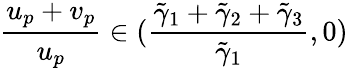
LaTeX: \frac{u_{p}+v_{p}}{u_{p}}\in(\frac{\tilde{\gamma}_{1}+\tilde{\gamma}_{2}+\tilde{\gamma}_{3}}{\tilde{\gamma}_{1}},0)